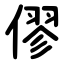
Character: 僇